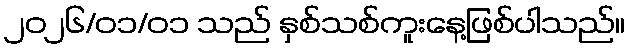
၂၀၂၆/၀၁/၀၁ သည် နှစ်သစ်ကူးနေ့ဖြစ်ပါသည်။